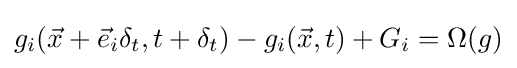
g_{i}({\vec {x}}+{\vec {e}}_{i}\delta _{t},t+\delta _{t})-g_{i}({\vec {x}},t)+G_{i}=\Omega (g)